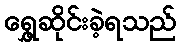
ရွှေ့ဆိုင်းခဲ့ရသည်